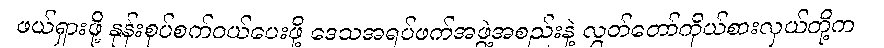
ဖယ်ရှားဖို့ နုန်းစုပ်စက်ဝယ်ပေးဖို့ ဒေသအရပ်ဖက်အဖွဲ့အစည်းနဲ့ လွှတ်တော်ကိုယ်စားလှယ်တို့က